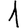
Digit: 1